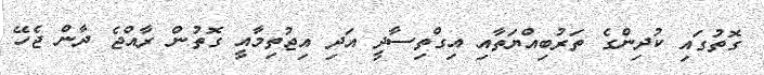
ގޮތުގައި ކުދިންގެ ތަރުބިއްޔަތާއި އިގްތިސާދީ އަދި އިޖުތިމާއީ ގޮތުން ރާއްޖެ ދާން ޖެހޭ